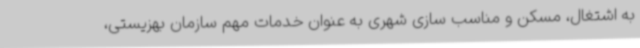
به اشتغال، مسکن و مناسب سازی شهری به عنوان خدمات مهم سازمان بهزیستی،